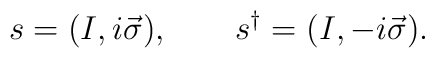
s=(I,i\vec \sigma ),\qquad s^{\dagger }=(I,-i\vec \sigma ).